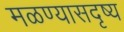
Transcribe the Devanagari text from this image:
मळण्यासदृष्य